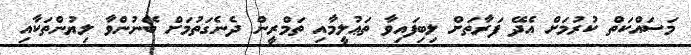
މަސައްކަތް ކުރުމަށް އެދޭ ފަރާތަށް ލިބިފައިވާ ތަޢުލީމާއި ތަމްރީން ދެނެގަތުމަށް ބޭނުންވާ ލިޔުންތަކާއި